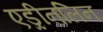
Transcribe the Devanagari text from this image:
एड्रीनलिन